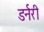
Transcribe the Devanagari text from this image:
डर्नरी